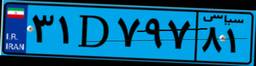
۵۲D۲۴۰۸۹